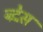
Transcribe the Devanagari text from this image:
न्र्देस